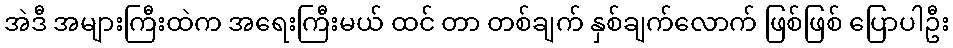
အဲဒီ အများကြီးထဲက အရေးကြီးမယ် ထင် တာ တစ်ချက် နှစ်ချက်လောက် ဖြစ်ဖြစ် ပြောပါဦး